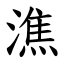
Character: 潐